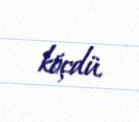
köçdü.